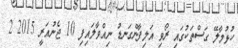
ހުޅުމާލޭ ގަސްތަކުގައި ރޯވި އަލިފާންގަނޑު ނިއްވާލައިފި 10 ޖެނުއަރީ 2015 2